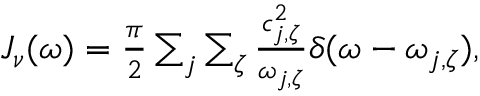
\begin{array} { r } { J _ { \nu } ( \omega ) = \frac { \pi } { 2 } \sum _ { j } \sum _ { \zeta } \frac { c _ { j , \zeta } ^ { 2 } } { \omega _ { j , \zeta } } \delta ( \omega - \omega _ { j , \zeta } ) , } \end{array}